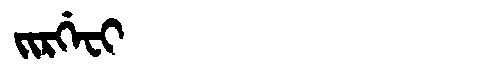
Manchu: ᠵᡳᡵᡤᡝᠸᡳ
Romanization: JIRGEFI